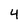
Character: 4